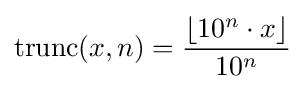
\operatorname {trunc} (x,n)={\frac {\lfloor 10^{n}\cdot x\rfloor }{10^{n}}}